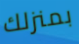
بمنزلك